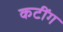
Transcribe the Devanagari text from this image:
कटींग